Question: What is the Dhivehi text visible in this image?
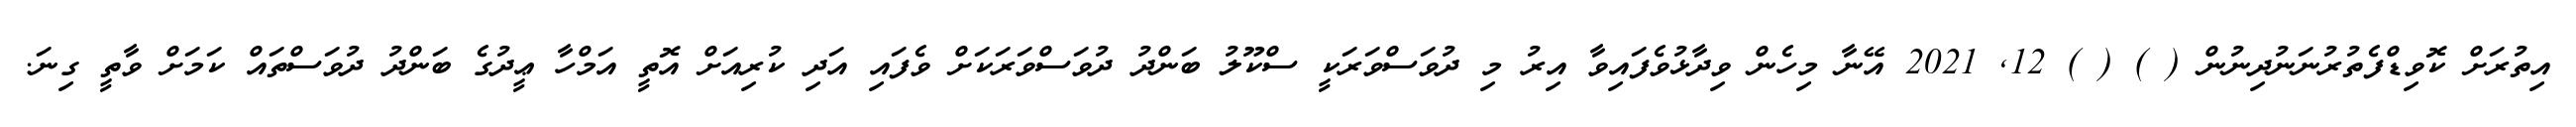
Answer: އިތުރަށް ކޮވިޑްފެތުރުނަނުދިނުން ( ) ( ) 12, 2021 އޭނާ މިހެން ވިދާޅުވެފައިވާ އިރު މި ދުވަސްވަރަކީ ސްކޫލު ބަންދު ދުވަސްވަރަކަށް ވެފައި އަދި ކުރިއަށް އޮތީ އަމްހާ ޢީދުގެ ބަންދު ދުވަސްތައް ކަމަށް ވާތީ ގިނަ.